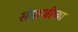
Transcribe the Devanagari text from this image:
संताजींच्या